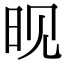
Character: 𬀪